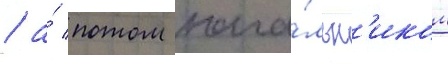
/ а́ потом нача́льн'иком